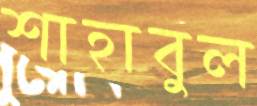
শাহাবুল